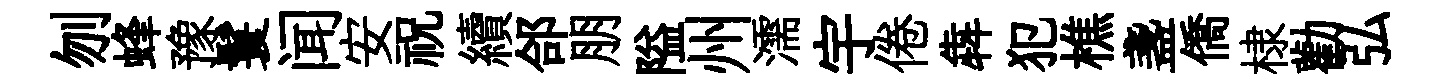
刎蜂豫鬟闻安祝續郃朋隘州濡宇倦犇犯樵盞僑棣勸弘